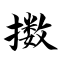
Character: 擞